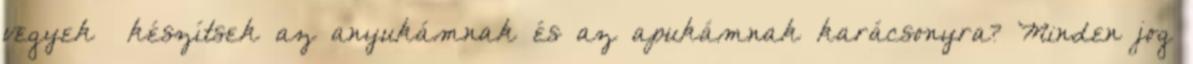
vegyek készítsek az anyukámnak és az apukámnak karácsonyra? Minden jog